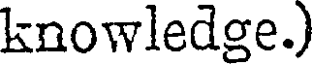
knowledge.)